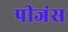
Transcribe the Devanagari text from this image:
पीजंस